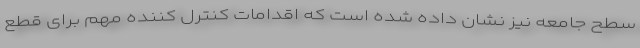
سطح جامعه نیز نشان داده شده است که اقدامات کنترل کننده مهم برای قطع